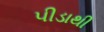
પીડાથી